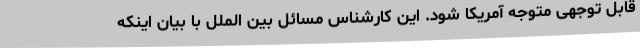
قابل توجهی متوجه آمریکا شود. این کارشناس مسائل بین الملل با بیان اینکه